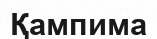
Қампима